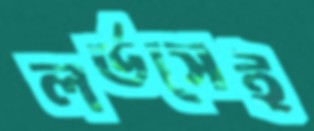
লর্ডসেই